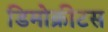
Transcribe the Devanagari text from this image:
डिमोक्रीटस